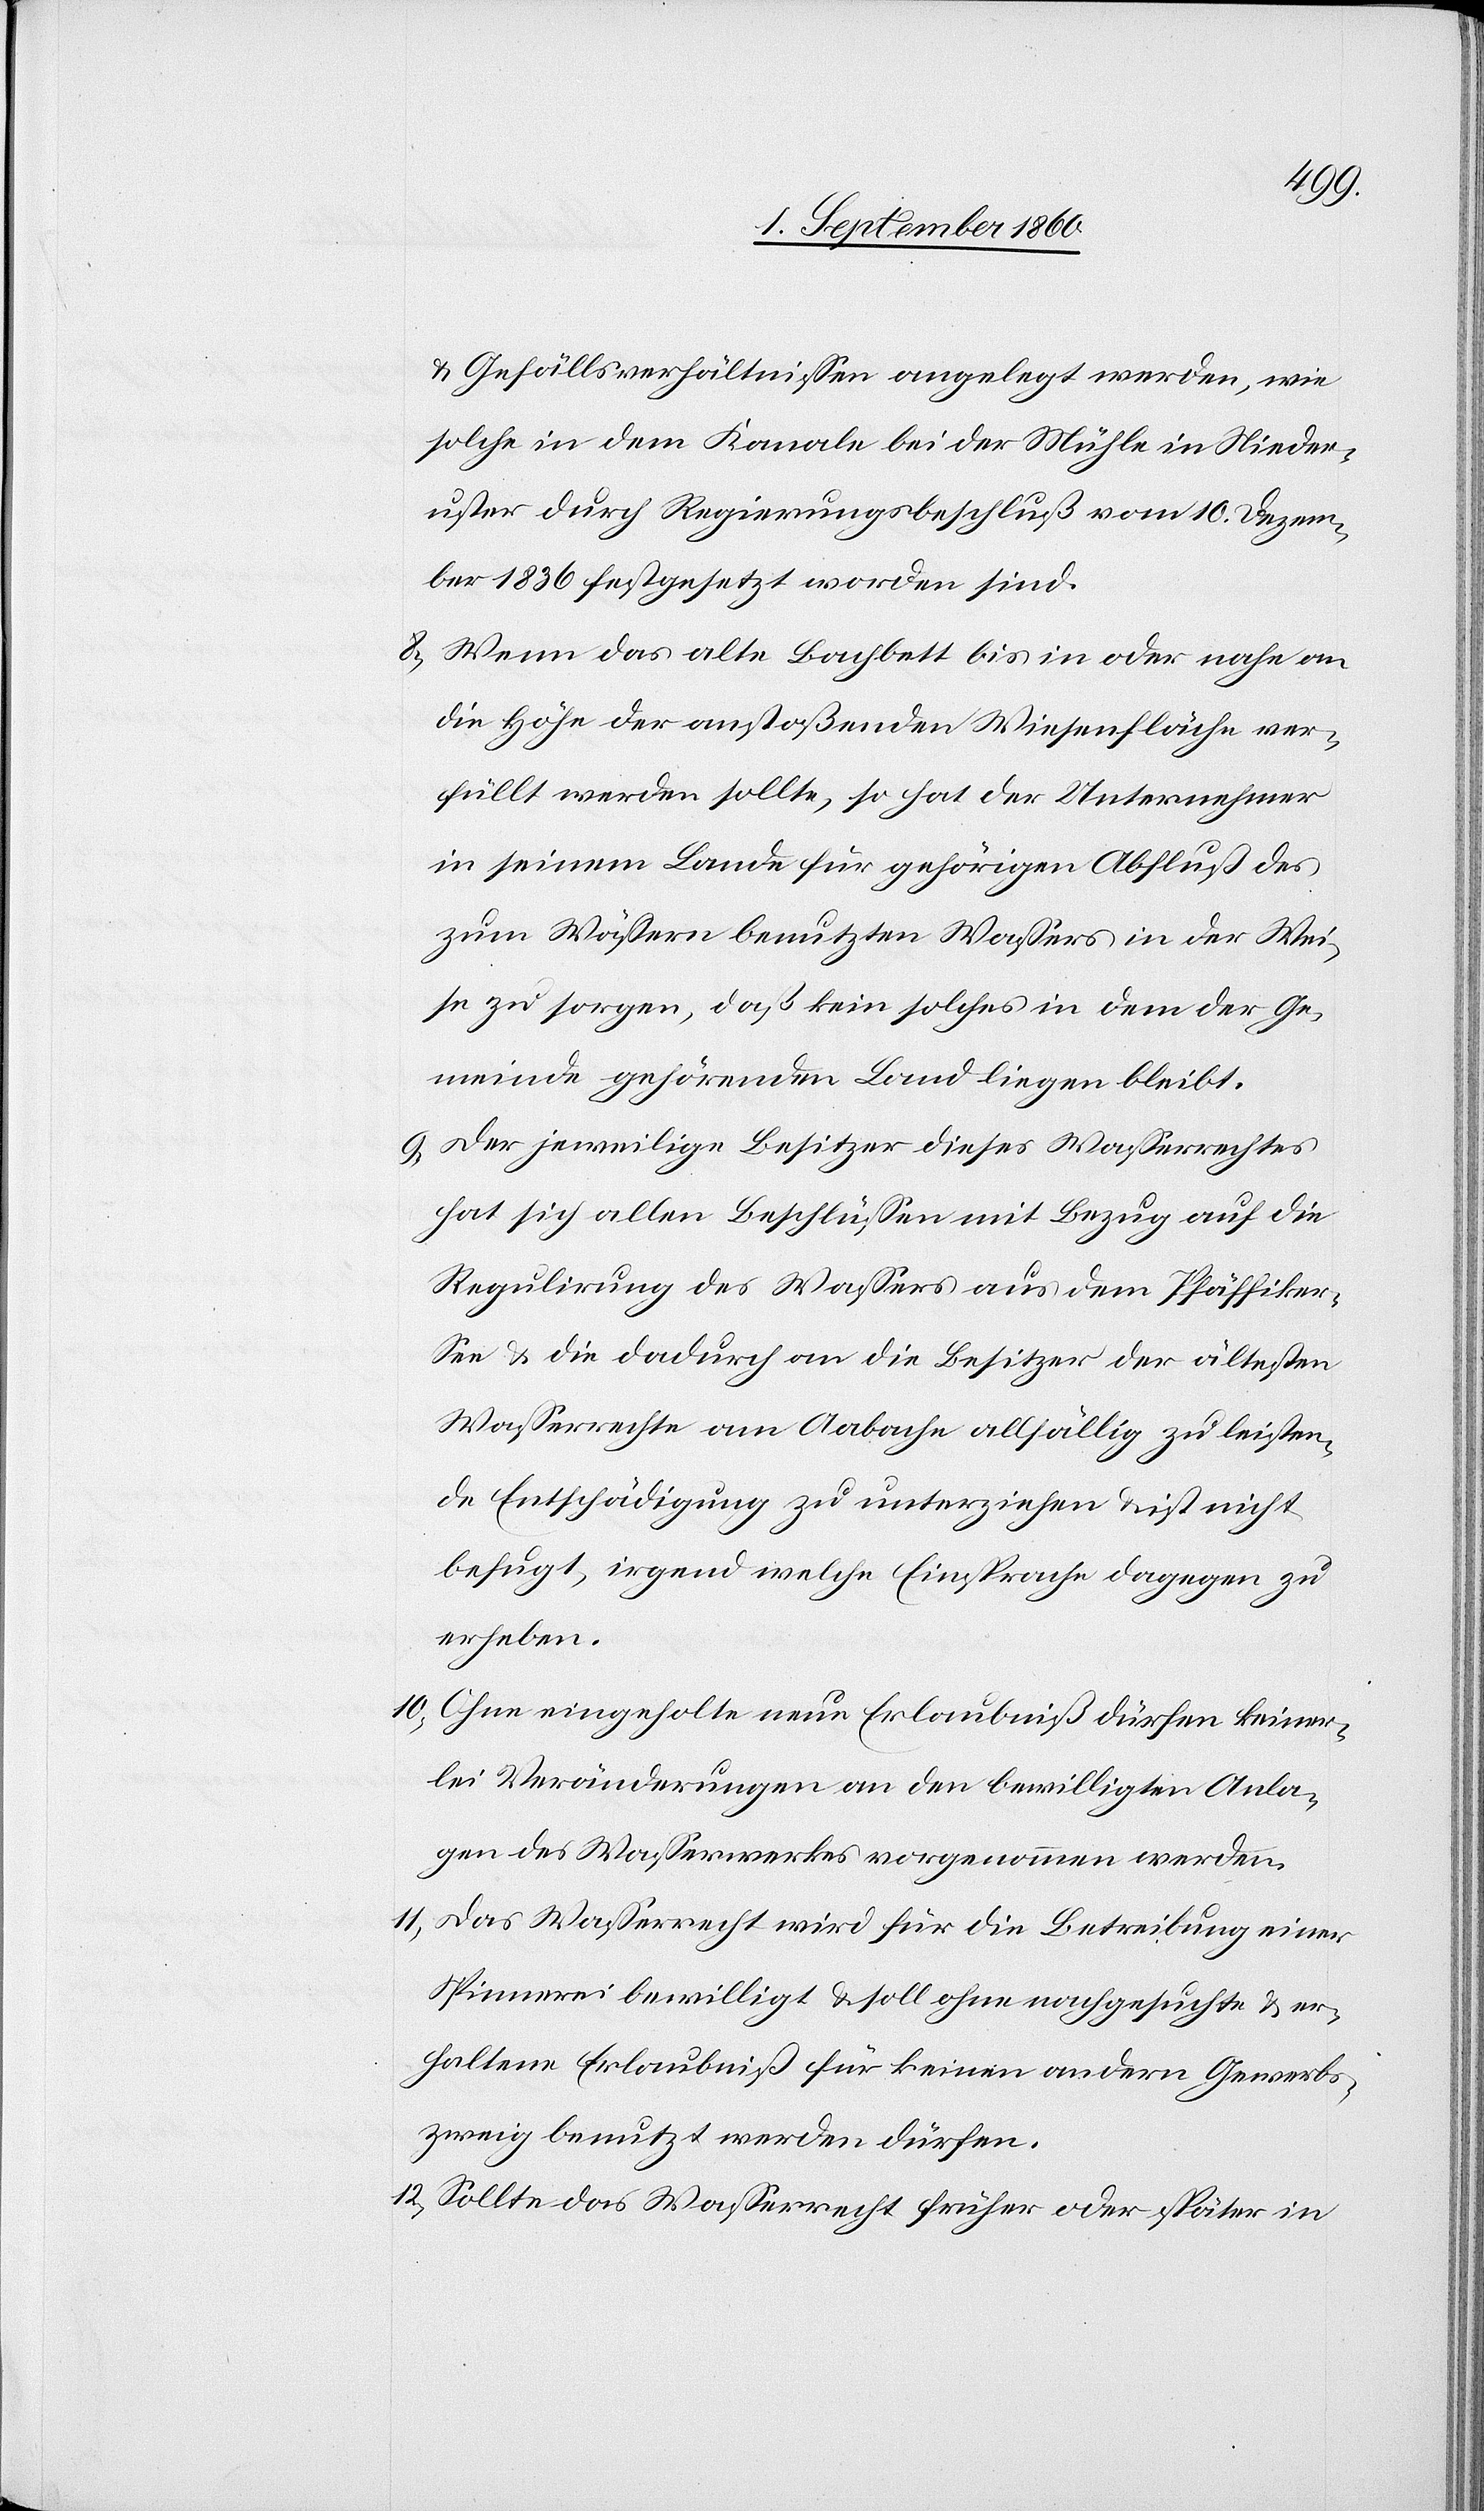
u. Gefällsverhältnissen angelegt werden, wie
solche in dem Kanale bei der Mühle in Nieder¬
uster durch Regierungsbeschluss vom 10. Christm¬
onat 1836 festgesetzt worden sind.
8. Wenn das alte Bachbett bis in oder nahe an
die Höhe der anstössenden Wiesenfläche ver¬
füllt werden sollte, so hat der Unternehmer
in seinem Lande für gehörigen Abfluss des
zum Wässern benutzten Wassers in der Wei¬
se zu sorgen, dass kein solches in dem der Ge¬
meinde gehörenden Land liegen bleibt.
9. Der jeweilige Besitzer dieses Wasserrechtes
hat sich allen Beschlüssen mit Bezug auf die
Regulirung des Wassers aus dem Pfäffiker
See u. die dadurch an die Besitzer der ältesten
Wasserrechte am Aabache allfällig zu leisten¬
de Entschädigung zu unterziehen u. ist nicht
befugt irgend welche Einsprache dagegen zu
erheben.
10. Ohne eingeholte neue Erlaubniss dürfen keiner¬
lei Veränderungen an den bewilligten Anla¬
gen des Wasserwerkes vorgenommen werden.
11. Das Wasserrecht wird für die Betreibung einer
Spinnerei bewilligt u. soll ohne nachgesuchte u. er¬
haltene Erlaubniss für keinen andern Gewerbs¬
zweig benutzt werden dürfen.
12) Sollte das Wasserrecht früher oder später in